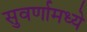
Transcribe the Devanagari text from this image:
सुवर्णामध्ये